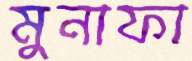
মুনাফা